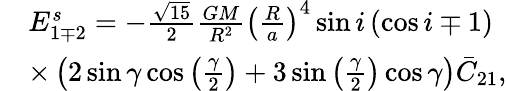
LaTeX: \begin{array}{rl}&{E_{1\mp 2}^{s}=-\frac{\sqrt{15}}{2}\frac{GM}{R^{2}}\left(\frac{R}{a}\right)^{4}\sin i\left(\cos i\mp 1\right)}\\ &{\times\left(2\sin\gamma\cos\left(\frac{\gamma}{2}\right)+3\sin\left(\frac{\gamma}{2}\right)\cos\gamma\right)\bar{C}_{21},}\end{array}